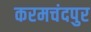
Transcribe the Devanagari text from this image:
करमचंदपुर